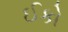
ઈકો